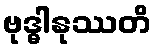
ဗုဒ္ဓါနုဿတိ